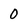
Character: 0